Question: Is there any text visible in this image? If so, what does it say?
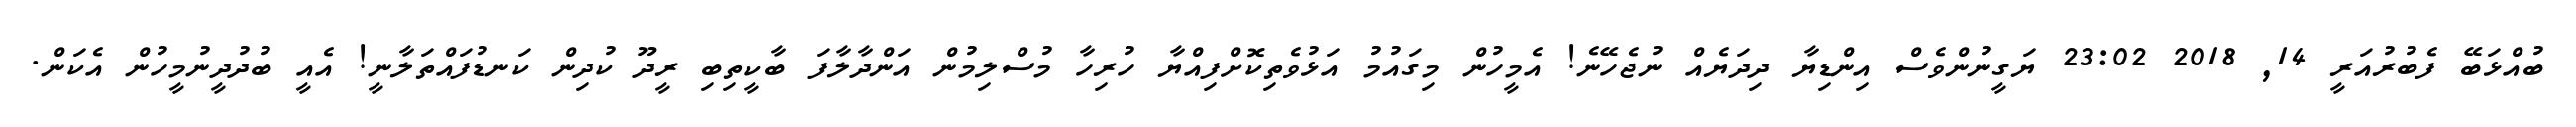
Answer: ބުއްޅަބޭ ފެބުރުއަރީ 14, 2018 23:02 ޔަގީނުންވެސް އިންޑިޔާ ދިދަޔެއް ނުޖެހޭނެ! އެމީހުން މިގައުމު އަޅުވެތިކޮށްފިއްޔާ ހުރިހާ މުސްލިމުން އަންދާލާފަ ބާކީތިބި ރީދޫ ކުދިން ކަނޑުފައްތަލާނީ! އެއީ ބުދުދީނުމީހުން އެކަން.